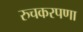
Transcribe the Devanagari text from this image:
रुचकरपणा